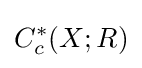
C_{c}^{\ast }(X;R)